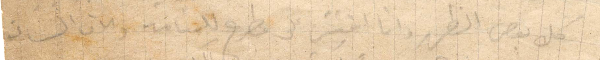
كل بعض الظهر وانا افتش عن مطرح للمنامة والآن الساعة